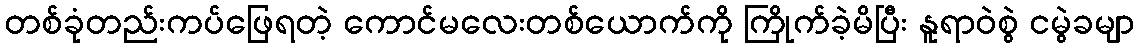
တစ်ခုံတည်းကပ်ဖြေရတဲ့ ကောင်မလေးတစ်ယောက်ကို ကြိုက်ခဲ့မိပြီး နူရာဝဲစွဲ ငမွဲခမျာ